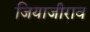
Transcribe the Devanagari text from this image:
जियाजीराव